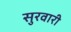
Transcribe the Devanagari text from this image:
सुरवारी